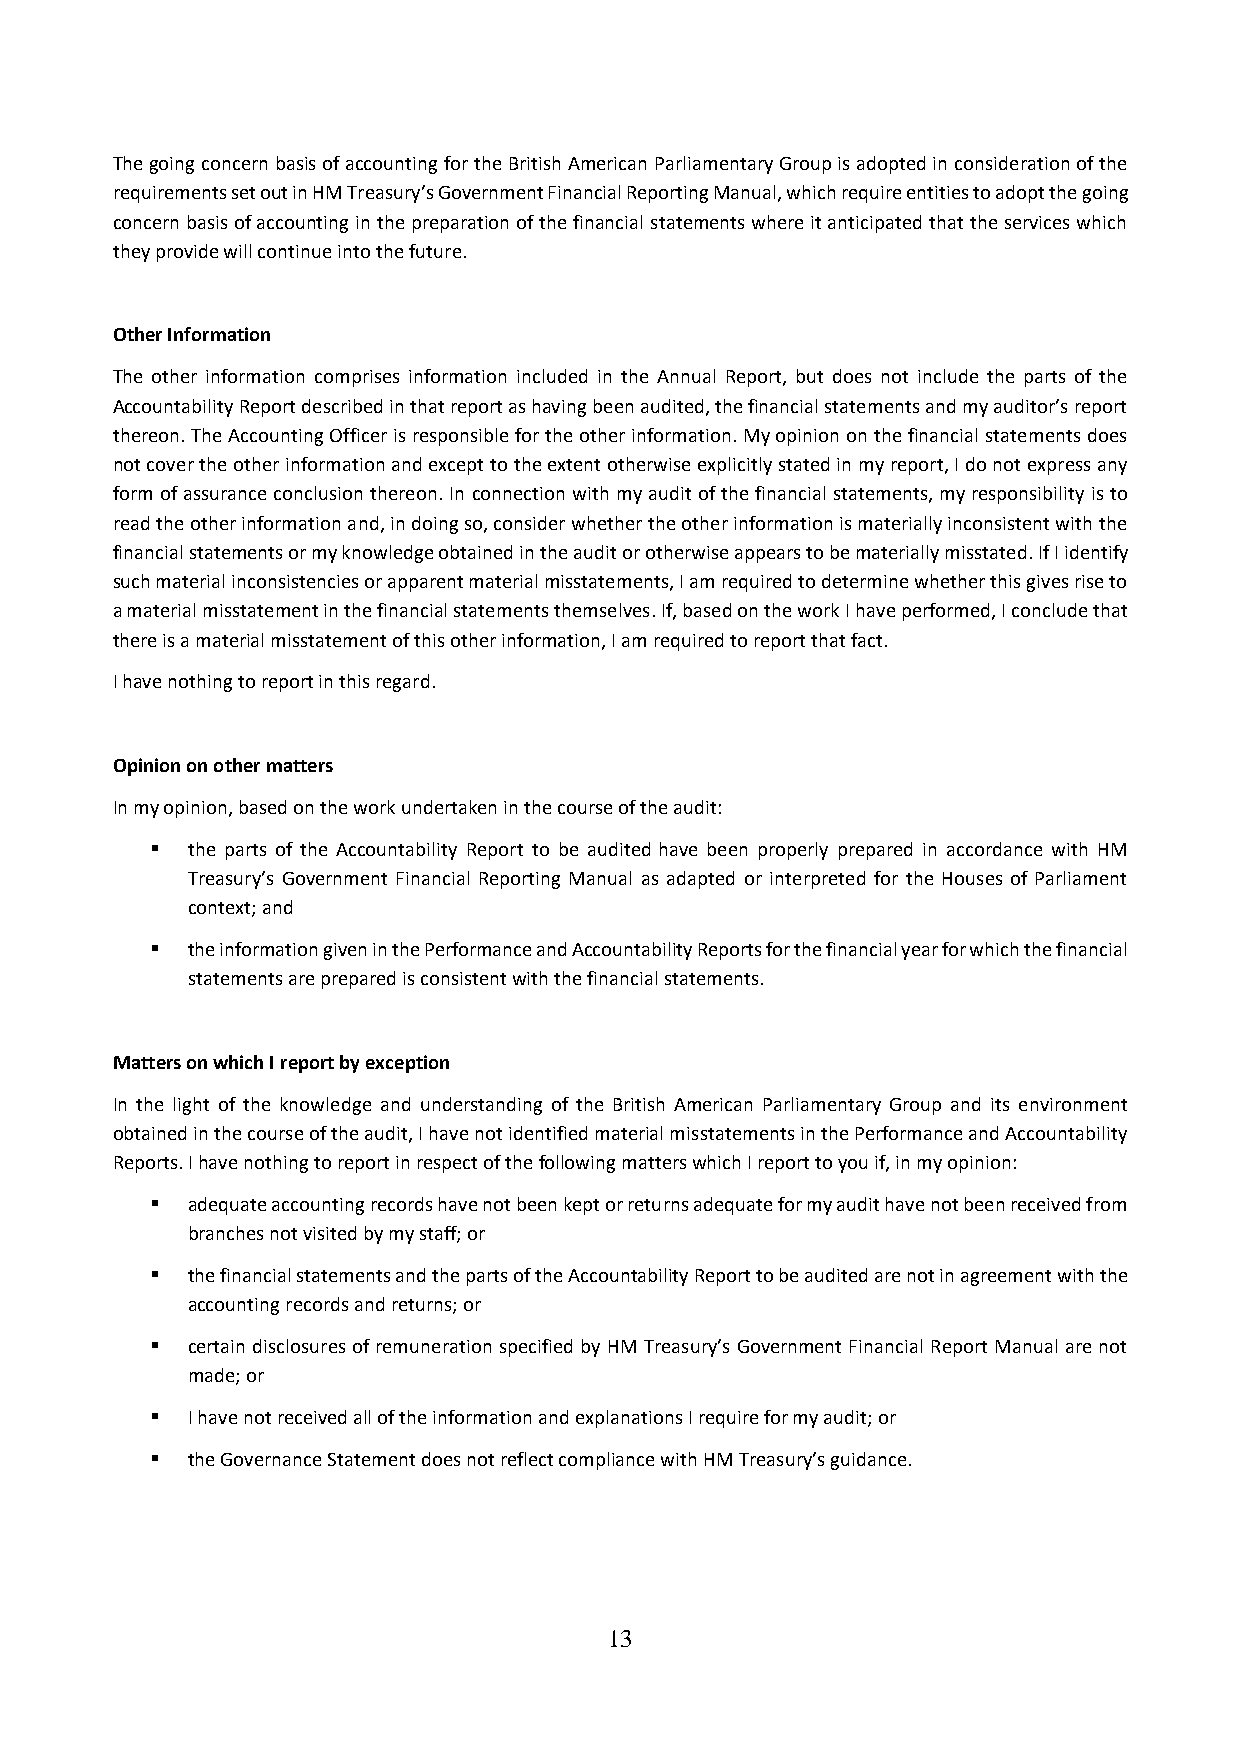
The going concern basis of accounting for the British American Parliamentary Group is adopted in consideration of the
 requirements set out in HM Treasury’s Government Financial Reporting Manual, which require entities to adopt the going
 concern basis of accounting in the preparation of the financial statements where it anticipated that the services which
 they provide will continue into the future.
 Other Information
 The other information comprises information included in the Annual Report, but does not include the parts of the
 Accountability Report described in that report as having been audited, the financial statements and my auditor’s report
 thereon. The Accounting Officer is responsible for the other information. My opinion on the financial statements does
 not cover the other information and except to the extent otherwise explicitly stated in my report, I do not express any
 form of assurance conclusion thereon. In connection with my audit of the financial statements, my responsibility is to
 read the other information and, in doing so, consider whether the other information is materially inconsistent with the
 financial statements or my knowledge obtained in the audit or otherwise appears to be materially misstated. If I identify
 such material inconsistencies or apparent material misstatements, I am required to determine whether this gives rise to
 a material misstatement in the financial statements themselves. If, based on the work I have performed, I conclude that
 there is a material misstatement of this other information, I am required to report that fact.
 I have nothing to report in this regard.
 Opinion on other matters
 In my opinion, based on the work undertaken in the course of the audit:
 ▪ the parts of the Accountability Report to be audited have been properly prepared in accordance with HM
 Treasury’s Government Financial Reporting Manual as adapted or interpreted for the Houses of Parliament
 context; and
 ▪ the information given in the Performance and Accountability Reports for the financial year for which the financial
 statements are prepared is consistent with the financial statements.
 Matters on which I report by exception
 In the light of the knowledge and understanding of the British American Parliamentary Group and its environment
 obtained in the course of the audit, I have not identified material misstatements in the Performance and Accountability
 Reports. I have nothing to report in respect of the following matters which I report to you if, in my opinion:
 ▪ adequate accounting records have not been kept or returns adequate for my audit have not been received from
 branches not visited by my staff; or
 ▪ the financial statements and the parts of the Accountability Report to be audited are not in agreement with the
 accounting records and returns; or
 ▪ certain disclosures of remuneration specified by HM Treasury’s Government Financial Report Manual are not
 made; or
 ▪ I have not received all of the information and explanations I require for my audit; or
 ▪ the Governance Statement does not reflect compliance with HM Treasury’s guidance.
 13